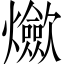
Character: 𱬬